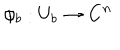
LaTeX: \phi _ { b } : U _ { b } \rightarrow { \bf C } ^ { n }